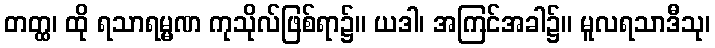
တတ္ထ၊ ထို ရသာရမ္မဏ ကုသိုလ်ဖြစ်ရာ၌။ ယဒါ၊ အကြင်အခါ၌။ မူလရသာဒီသု၊